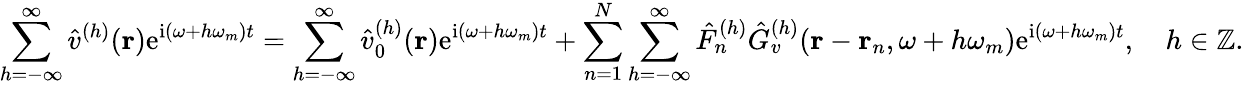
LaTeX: \sum_{h=-\infty}^{\infty}\hat{v}^{(h)}(\mathbf{r})\mathrm{e}^{\mathrm{i}(\omega+h\omega_{m})t}=\sum_{h=-\infty}^{\infty}\hat{v}_{0}^{(h)}(\mathbf{r})\mathrm{e}^{\mathrm{i}(\omega+h\omega_{m})t}+\sum_{n=1}^{N}\sum_{h=-\infty}^{\infty}\hat{F}_{n}^{(h)}\hat{G}_{v}^{(h)}(\mathbf{r}-\mathbf{r}_{n},\omega+h\omega_{m})\mathrm{e}^{\mathrm{i}(\omega+h\omega_{m})t},\quad h\in\mathbb{Z}.